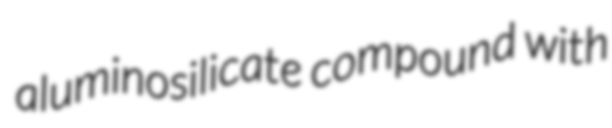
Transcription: aluminosilicate compound with